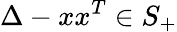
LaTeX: \Delta-xx^{T}\in S_{+}